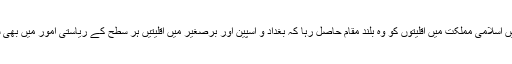
تاریخ اسلام اس اَمر کی گواہ ہے کہ اسلام کی تعلیمات کی روشنی میں اسلامی مملکت میں اَقلیتوں کو وہ بلند مقام حاصل رہا کہ بغداد و اسپین اور برصغیر میں اقلیتیں ہر سطح کے ریاستی امور میں بھی شریک رہیں اور مملکت کی اعلیٰ ترین ذمہ داریوں پر فائز رہی ہیں۔